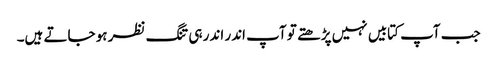
جب آپ کتابیں نہیں پڑھتے تو آپ اندر اندر ہی تنگ نظر ہو جاتے ہیں۔